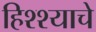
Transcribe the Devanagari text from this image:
हिश्श्याचे